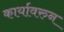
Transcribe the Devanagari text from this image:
कार्यावरुन